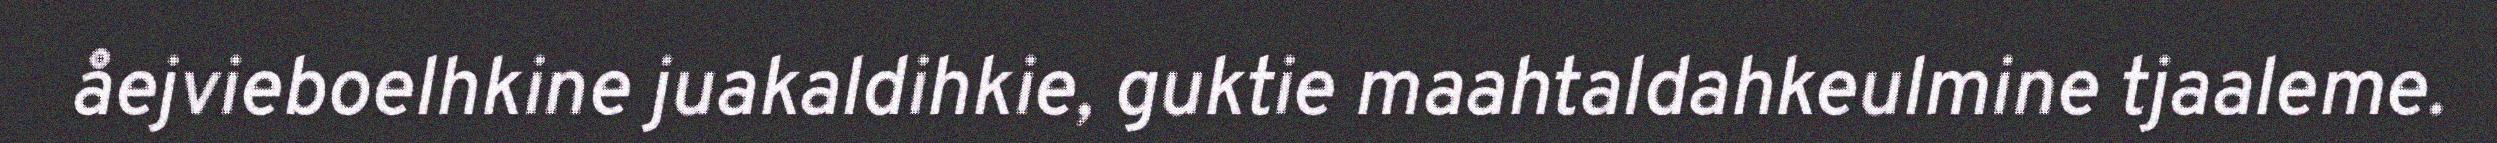
åejvieboelhkine juakaldihkie, guktie maahtaldahkeulmine tjaaleme.